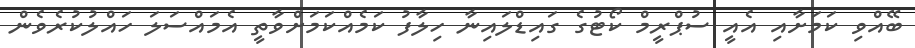
ބޭއްވި ކަމަށާއި އެއީ ސުޕްރީމް ކޯޓުގެ ގައިޑްލައިނާ ހިލާފު ކަމެއްކަމަށްވާތީ އެމައްސަލަ ހައްލުކުރެވެން